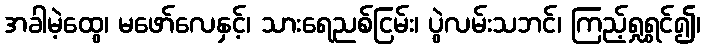
အခါမဲ့ထွေ၊ မဖော်လေနှင့်၊ သားရေညစ်ငြမ်း၊ ပွဲလမ်းသဘင်၊ ကြည့်ရှုရွှင်၍၊